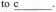
to \underline{c}.